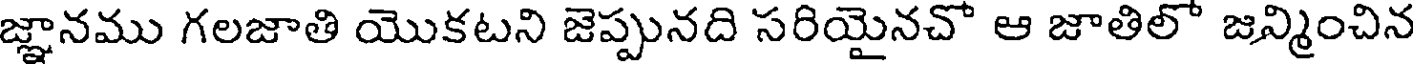
జ్ఞానము గలజాతి యొకటని జెప్పునది సరియైనచో ఆ జాతిలో జన్మించిన